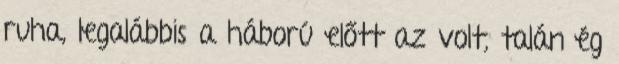
ruha, legalábbis a háború előtt az volt, talán ég